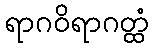
ရာဂဝိရာဂတ္ထံ